Indian journal of veterinary science and animal husbandry - Volumes 18-21, 1948-1951
Year: 1948
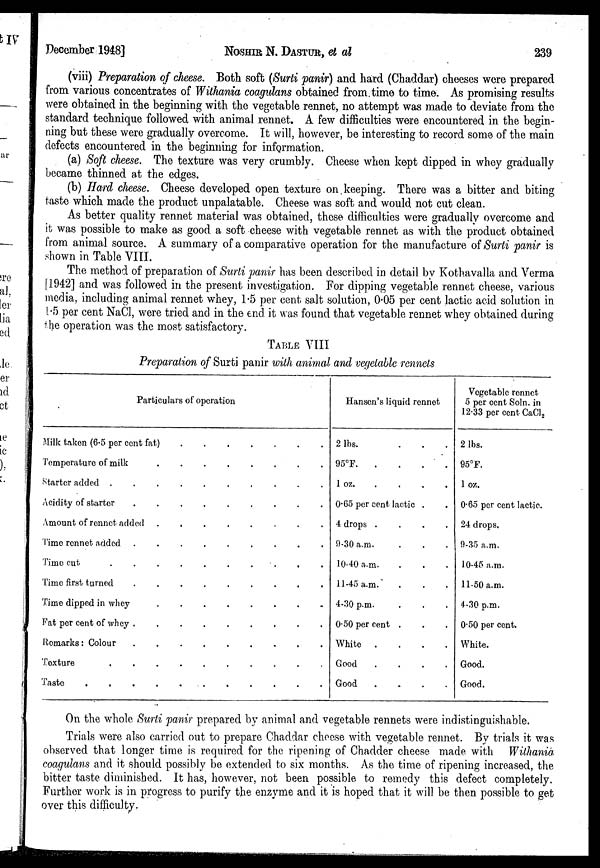
December 1948]
NOSHIR
N. DASTUR, et al
239
(viii) Preparation of cheese. Both soft (Surti panir) and hard (Chaddar) cheeses were prepared
from various concentrates of Withania coagulans obtained from time to time. As promising results
were obtained in the beginning with the vegetable rennet, no attempt was made to deviate from the
standard technique followed with animal rennet. A few difficulties were encountered in the begin-
ning but these were gradually overcome. It will, however, be interesting to record some of the main
defects encountered in the beginning for information.
(a) Soft cheese. The texture was very crumbly. Cheese when kept dipped in whey gradually
became thinned at the edges.
(b) Hard cheese. Cheese developed open texture on keeping. There was a bitter and biting
taste which made the product unpalatable. Cheese was soft and would not cut clean.
As better quality rennet material was obtained, these difficulties were gradually overcome and
it was possible to make as good a soft cheese with vegetable rennet as with the product obtained
from animal source. A summary of a comparative operation for the manufacture of Surti panir is
shown in Table VIII.
The method of preparation of Surti panir has been described in detail by Kothavalla and Verma
[1942] and was followed in the present investigation. For dipping vegetable rennet cheese, various
media, including animal rennet whey, 1.5 per cent salt solution, 0.05 per cent lactic acid solution in
1.5 per cent NaCl, were tried and in the end it was found that vegetable rennet whey obtained during
the operation was the most satisfactory.
TABLE VIII
Preparation of Surti panir with animal and vegetable rennets
Particulars of operation
Milk taken (6.5 per cent fat)
.
.
.
.
.
.
.
Temperature of
milk.
.
.
.
.
.
.
Starter added
.
.
.
.
.
.
.
.
Acidity of starter
.
.
.
.
.
.
.
Amount of rennet
added.
.
.
.
.
.
.
Time rennet added
.
.
.
.
.
.
.
Time cut
.
.
.
.
.
.
.
Time first turned
.
.
.
.
.
.
.
Time dipped in whey
.
.
.
.
.
.
.
Fat per cent of whey
.
.
.
.
.
.
.
Remarks: Colour
.
.
.
.
.
.
.
Texture
.
.
.
.
.
.
.
Taste
.
.
.
.
.
.
.
Hansen's liquid rennet
2 lbs. . . . .
95°F
.
.
.
.
1 oz . . . .
0.65 per cent lactic . .
4 drops
.
.
.
.
9-30 a.m. . . . .
10-40 a.m. . . . .
11-45 a.m. . . . .
4-30 p.m. . . . .
0.50 per cent . . . .
White
.
.
.
.
Good
.
.
.
.
Good
.
.
.
.
Vegetable rennet
5 per cent Soln. in
12.33 per cent CaCl 2
2 lbs.
95°F.
1 oz.
0.65 per cent lactic.
24 drops.
9-35 a.m.
10-45 a.m.
11-50 a.m.
4-30 p.m.
0.50 per cent.
White.
Good.
Good.
On the whole Surti panir prepared by animal and vegetable rennets were indistinguishable.
Trials were also carried out to prepare Chaddar cheese with vegetable rennet. By trials it was
observed that longer time is required for the ripening of Chadder cheese made with Withania
coagulans and it should possibly be extended to six months. As the time of ripening increased, the
bitter taste diminished. It has, however, not been possible to remedy this defect completely.
Further work is in progress to purify the enzyme and it is hoped that it will be then possible to get
over this difficulty.